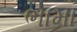
ભામા